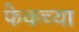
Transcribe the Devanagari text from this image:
फेकच्या